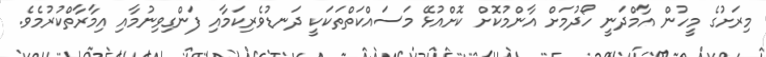
މިރަށުގެ މީހުން އާމްދަނީ ހޯދުމަށް އާންމުކޮށް ކޮށްއުޅޭ މަސައްކަތްތަކަކީ ދަނޑުވެރިކަމާއި ފަންގިވިނުމާއި އިމާރާތްކުރުމެވެ.